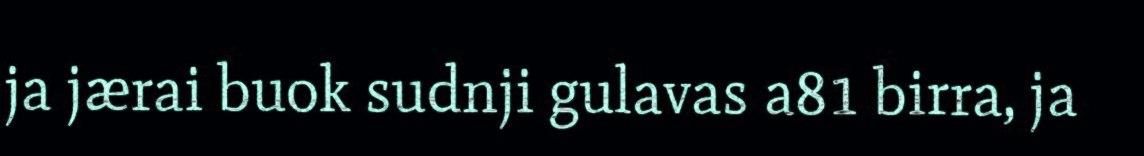
ja jærai buok sudnji gulavas a81 birra, ja